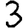
Digit: 3